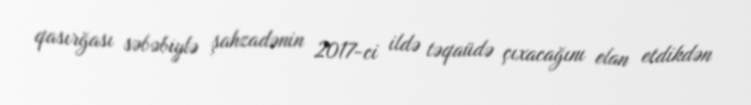
qasırğası səbəbiylə şahzadənin 2017-ci ildə təqaüdə çıxacağını elan etdikdən